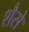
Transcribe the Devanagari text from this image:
शैसे